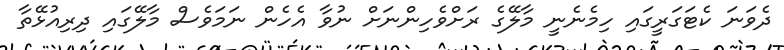
ދެވަނަ ކެޓަގަރީގައި ހިމެނެނީ މާލޭގެ ރަށްވެހިންނަށް ނުވާ އެހެން ނަމަވެސް މާލޭގައި ދިރިއުޅޭތާ